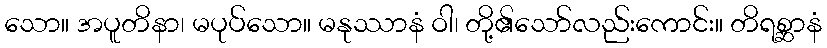
သော။ အပူတိနာ၊ မပုပ်သော။ မနုဿာနံ ဝါ၊ တို့၏သော်လည်းကောင်း။ တိရစ္ဆာနံ